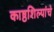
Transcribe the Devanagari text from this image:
काष्ठशिल्पांचे